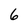
Character: 6